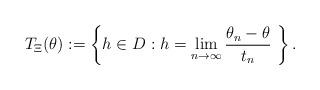
LaTeX: \begin{align*}T_{\Xi}(\theta):= \left \{ h \in D : h = \lim_{n \to \infty} \frac{\theta_n - \theta}{t_n} \ \right \}. \end{align*}